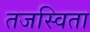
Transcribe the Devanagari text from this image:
तजस्विता